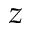
z